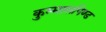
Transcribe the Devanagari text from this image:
कुम्मासपिण्ड